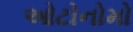
ઓટોનોમો